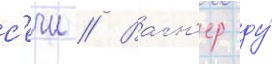
с'ечи // Вагн'ер ду́